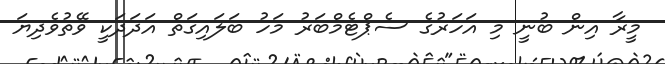
މީރާ އިން ބުނީ މި އަހަރުގެ ސެޕްޓެމްބަރު މަހު ބަލައިގަތް އަދަދަކީ ވޭތުވެދިޔަ